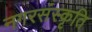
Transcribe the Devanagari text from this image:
नगरसंस्कृति